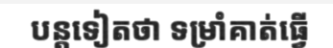
បន្តទៀតថា ទម្រាំគាត់ធ្វើ